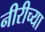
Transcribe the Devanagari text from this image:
नीरीच्या